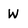
Character: W